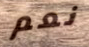
نعم